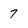
Character: 7